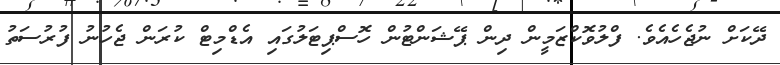
ދޭކަށް ނުޖެހެއެވެ. ފްލުވޮކްޒަމީން ދިން ޕޭޝަންޓުން ހޮސްޕިޓަލުގައި އެޑްމިޓް ކުރަން ޖެހުނު ފުރުސަތު